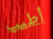
أطيب